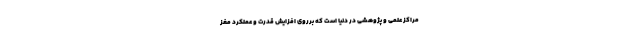
مراکز علمی و پژوهشی در دنیا است که برروی افزایش قدرت و عملکرد مغز